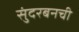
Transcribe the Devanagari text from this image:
सुंदरबनची